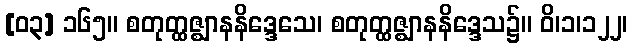
[၀၃] ၁၆၅။ စတုတ္ထဇ္ဈာနနိဒ္ဒေသေ၊ စတုတ္ထဇ္ဈာနနိဒ္ဒေသ၌။ ဝိ၊၁၊၁၂၂၊